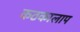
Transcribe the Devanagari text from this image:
कठकालाप